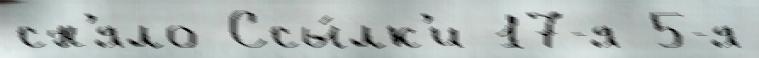
сн'яло Ссы́лк'и 17-я 5-я